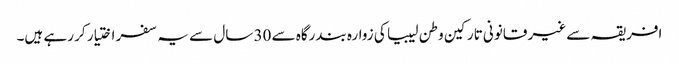
افریقہ سے غیر قانونی تارکین وطن لیبیا کی زوارہ بندرگاہ سے 30 سال سے یہ سفر اختیار کر رہے ہیں۔